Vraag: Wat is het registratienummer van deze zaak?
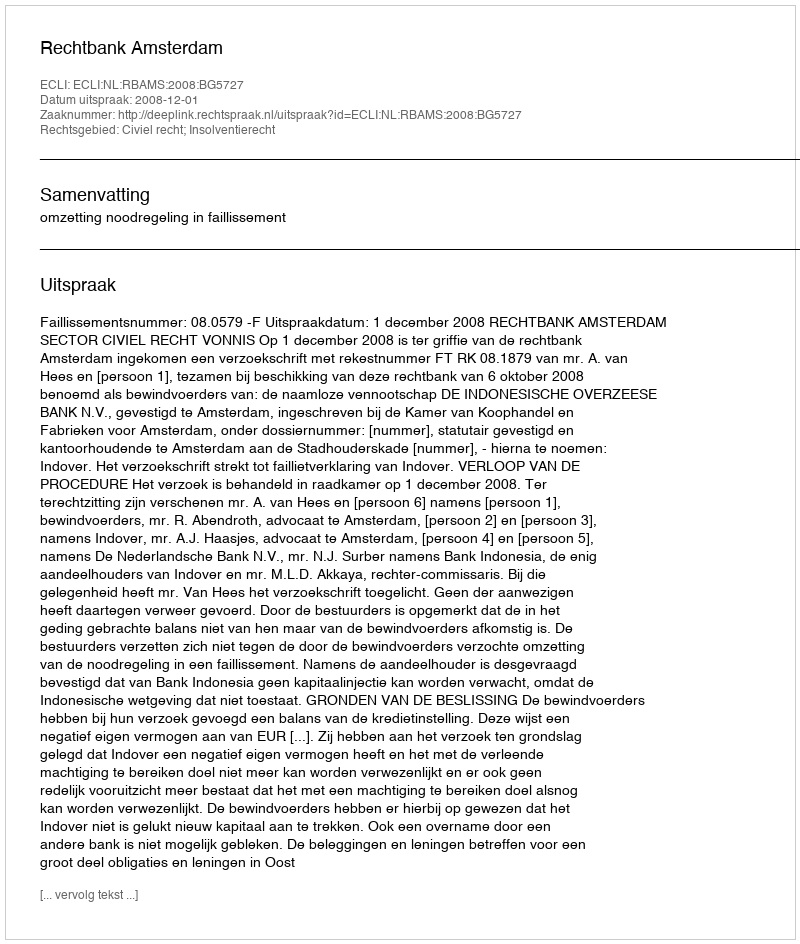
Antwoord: http://deeplink.rechtspraak.nl/uitspraak?id=ECLI:NL:RBAMS:2008:BG5727